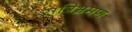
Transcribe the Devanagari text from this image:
रात्रिभ्रमण